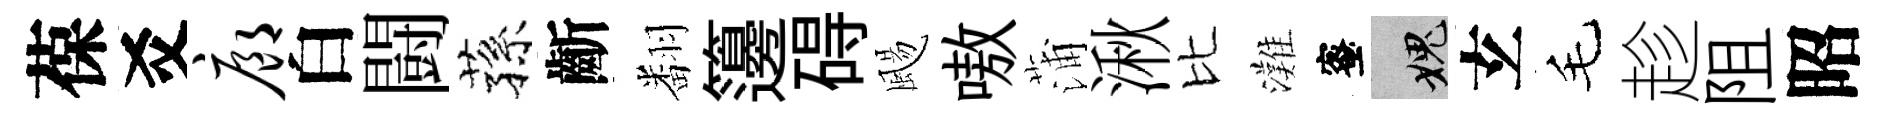
葆爻廊白闘蓀齗翻籩碍颺嗷蒲湫比灘蜜愧𤣥毛趁阻昭